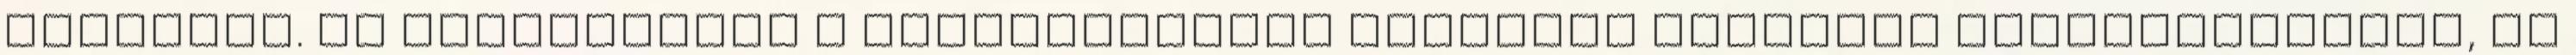
céljához. Ön visszavonta a feldolgozásuk alapjául szolgáló hozzájárulását, és